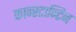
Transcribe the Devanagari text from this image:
कान्स्टान्टिन